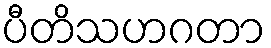
ပီတိသဟဂတာ